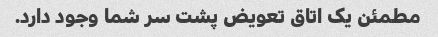
مطمئن یک اتاق تعویض پشت سر شما وجود دارد.